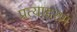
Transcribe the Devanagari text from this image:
प्रत्याहरण